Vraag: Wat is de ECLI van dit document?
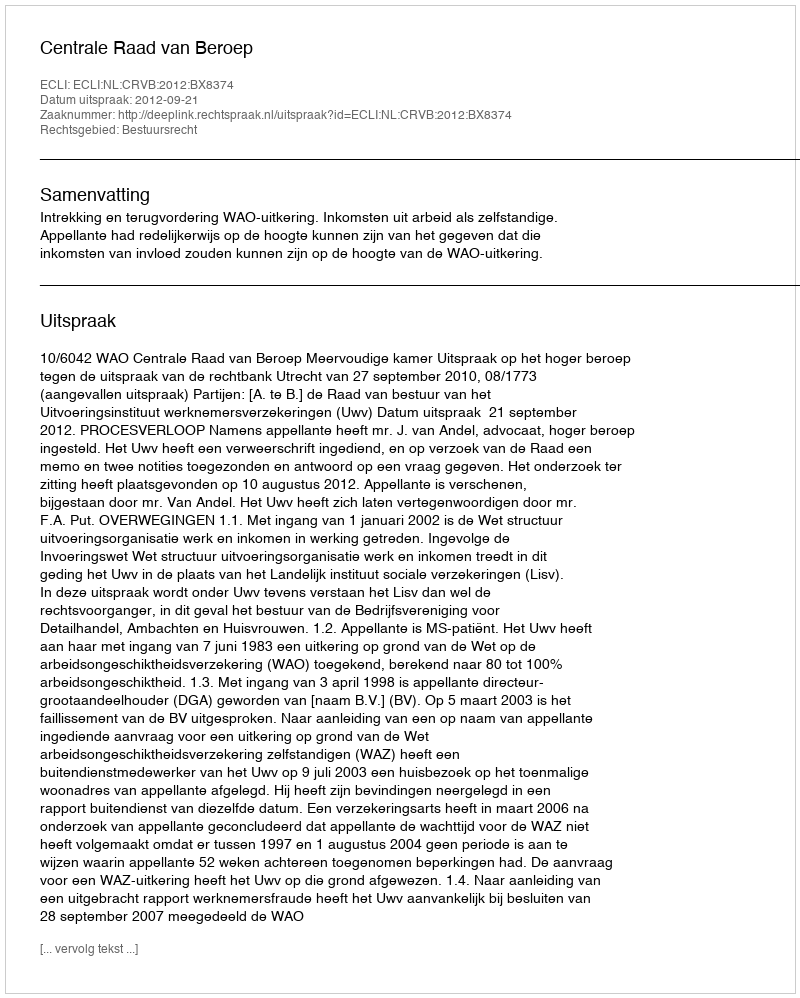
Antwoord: ECLI:NL:CRVB:2012:BX8374